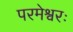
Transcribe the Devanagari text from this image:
परमेश्वरः